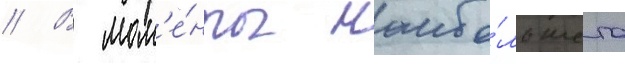
// В мом'е́нты наибо́льшего